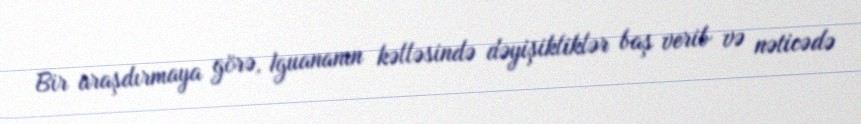
Bir araşdırmaya görə, Iguananın kəlləsində dəyişikliklər baş verib və nəticədə